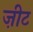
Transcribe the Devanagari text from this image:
ज़ीट